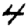
Digit: 4